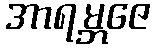
အာရမ္ဘဇေ